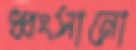
ধ্বংসানো